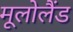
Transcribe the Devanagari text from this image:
मूलोलैंड